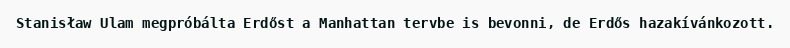
Stanisław Ulam megpróbálta Erdőst a Manhattan tervbe is bevonni, de Erdős hazakívánkozott.